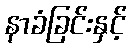
နာခံခြင်းနှင့်